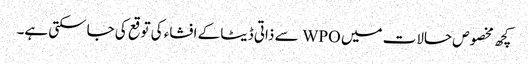
کچھ مخصوص حالات میں WPO سے ذاتی ڈیٹا کے افشاء کی توقع کی جاسکتی ہے۔